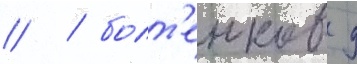
// / болт'енков д